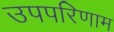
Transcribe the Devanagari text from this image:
उपपरिणाम